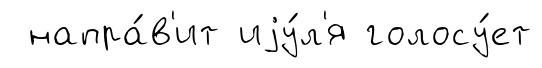
напра́в'ит иjу́л'я голосу́ет